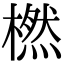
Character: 橪